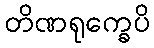
တိဏရုက္ခေပိ